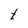
Character: t